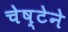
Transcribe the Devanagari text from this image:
चेष्टेने